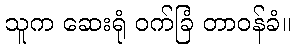
သူက ဆေးရုံ ဝက်ခြံ တာဝန်ခံ။